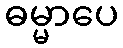
ဓမ္မာပေ